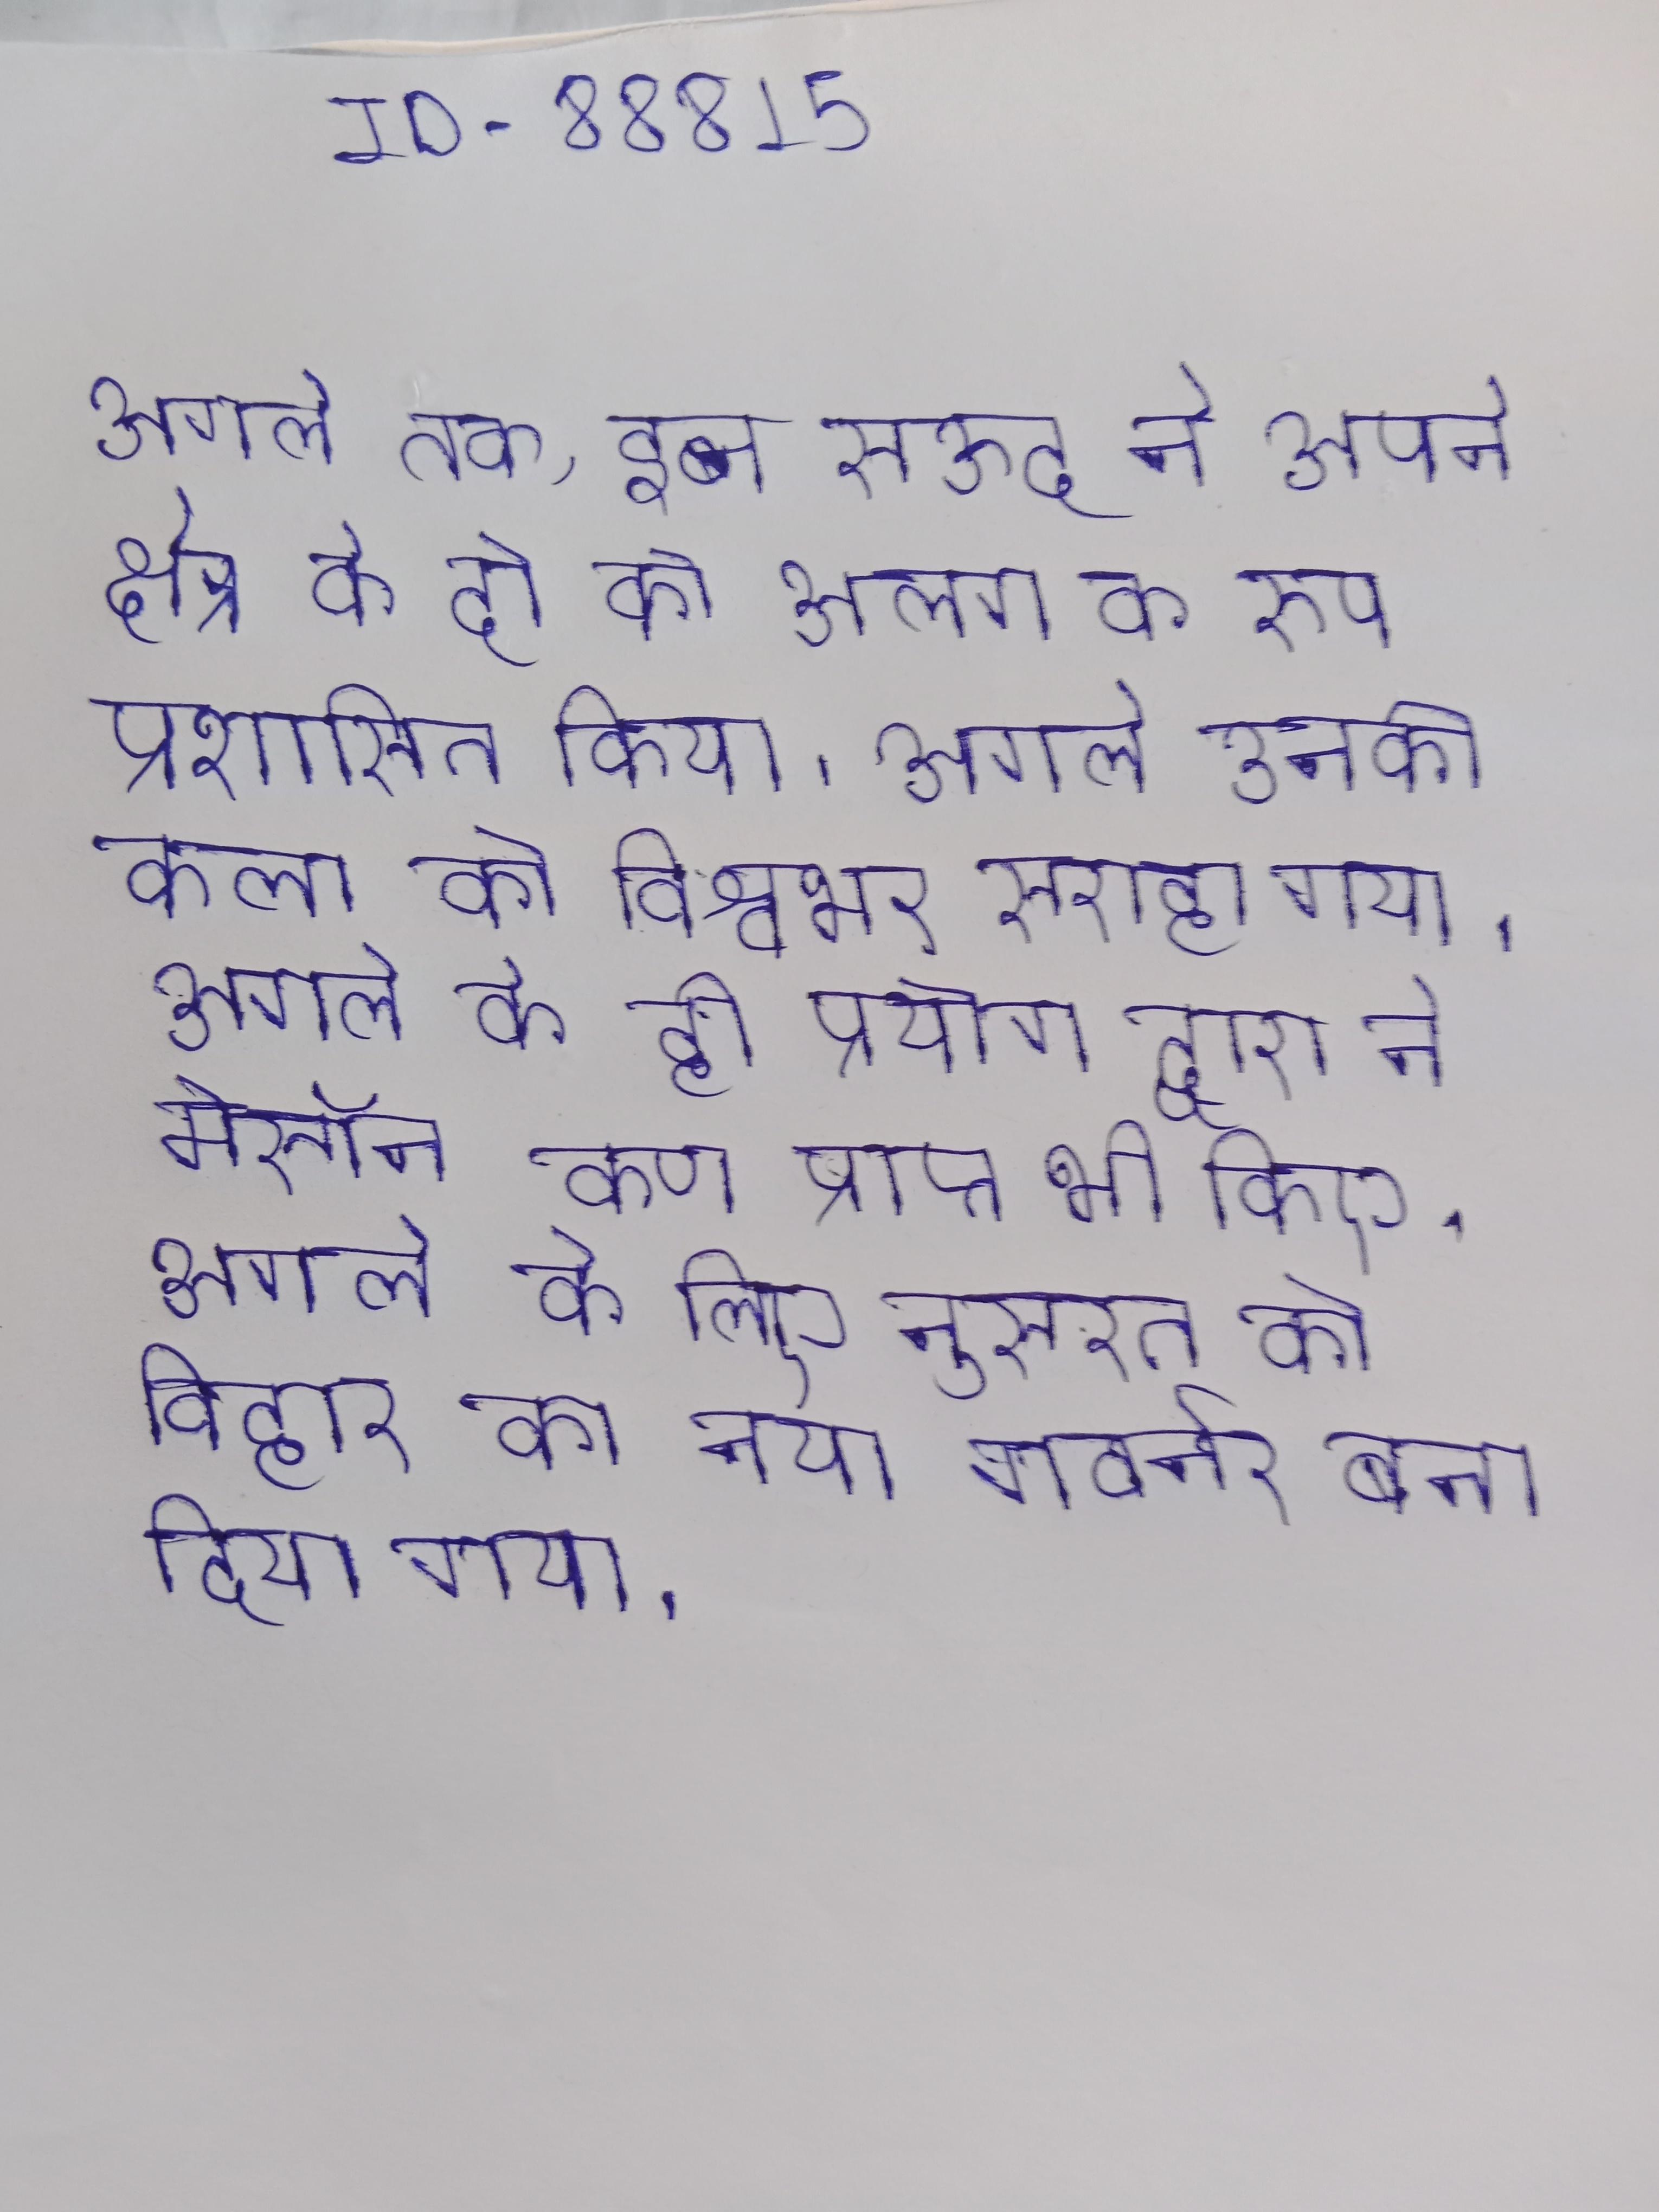
अगले तक, इब्न सऊद ने अपने क्षेत्र के दो को अलग के रूप प्रशासित किया । अगले उनकी कला को विश्वभर सराहा गया । अगले के ही प्रयोग द्वारा ने मेसॉन कण प्राप्त भी किए । अगले के लिए नुसरत को बिहार का नया गवर्नर बना दिया गया ।